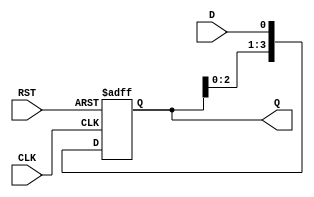
module ShiftRegister (
    input wire CLK,       // Clock input
    input wire RST,       // Asynchronous reset
    input wire D,         // Data input
    output reg [3:0] Q    // 4-bit data output
);

// Shift Register operation
always @(posedge CLK or posedge RST) begin
    if (RST) begin
        Q <= 4'b0000;    // Clear the register on reset
    end else begin
        Q <= {Q[2:0], D}; // Shift left and input new data D
    end
end

endmodule